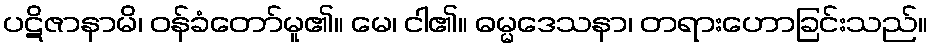
ပဋိဇာနာမိ၊ ဝန်ခံတော်မူ၏။ မေ၊ ငါ၏။ ဓမ္မဒေသနာ၊ တရားဟောခြင်းသည်။